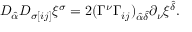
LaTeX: D _ { \hat { \alpha } } D _ { \sigma [ i j ] } \xi ^ { \sigma } = 2 ( \Gamma ^ { \nu } \Gamma _ { i j } ) _ { \hat { \alpha } \hat { \delta } } \partial _ { \nu } \xi ^ { \hat { \delta } } .